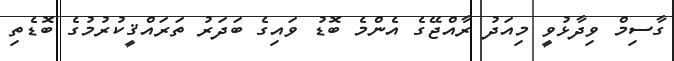
ގާސިމް ވިދާޅުވީ މިއަދު ރާއްޖޭގެ އެންމެ ބޮޑު ވައިގެ ބަދަރު ތަރައްޤީކުރުމުގެ ބޮޑެތި